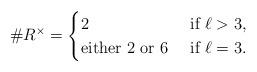
LaTeX: \begin{align*}\# R^\times =\begin{cases}2 & \textrm{ if }\ell>3,\\\textrm{either $2$ or $6$} & \textrm{ if }\ell=3.\end{cases}\end{align*}